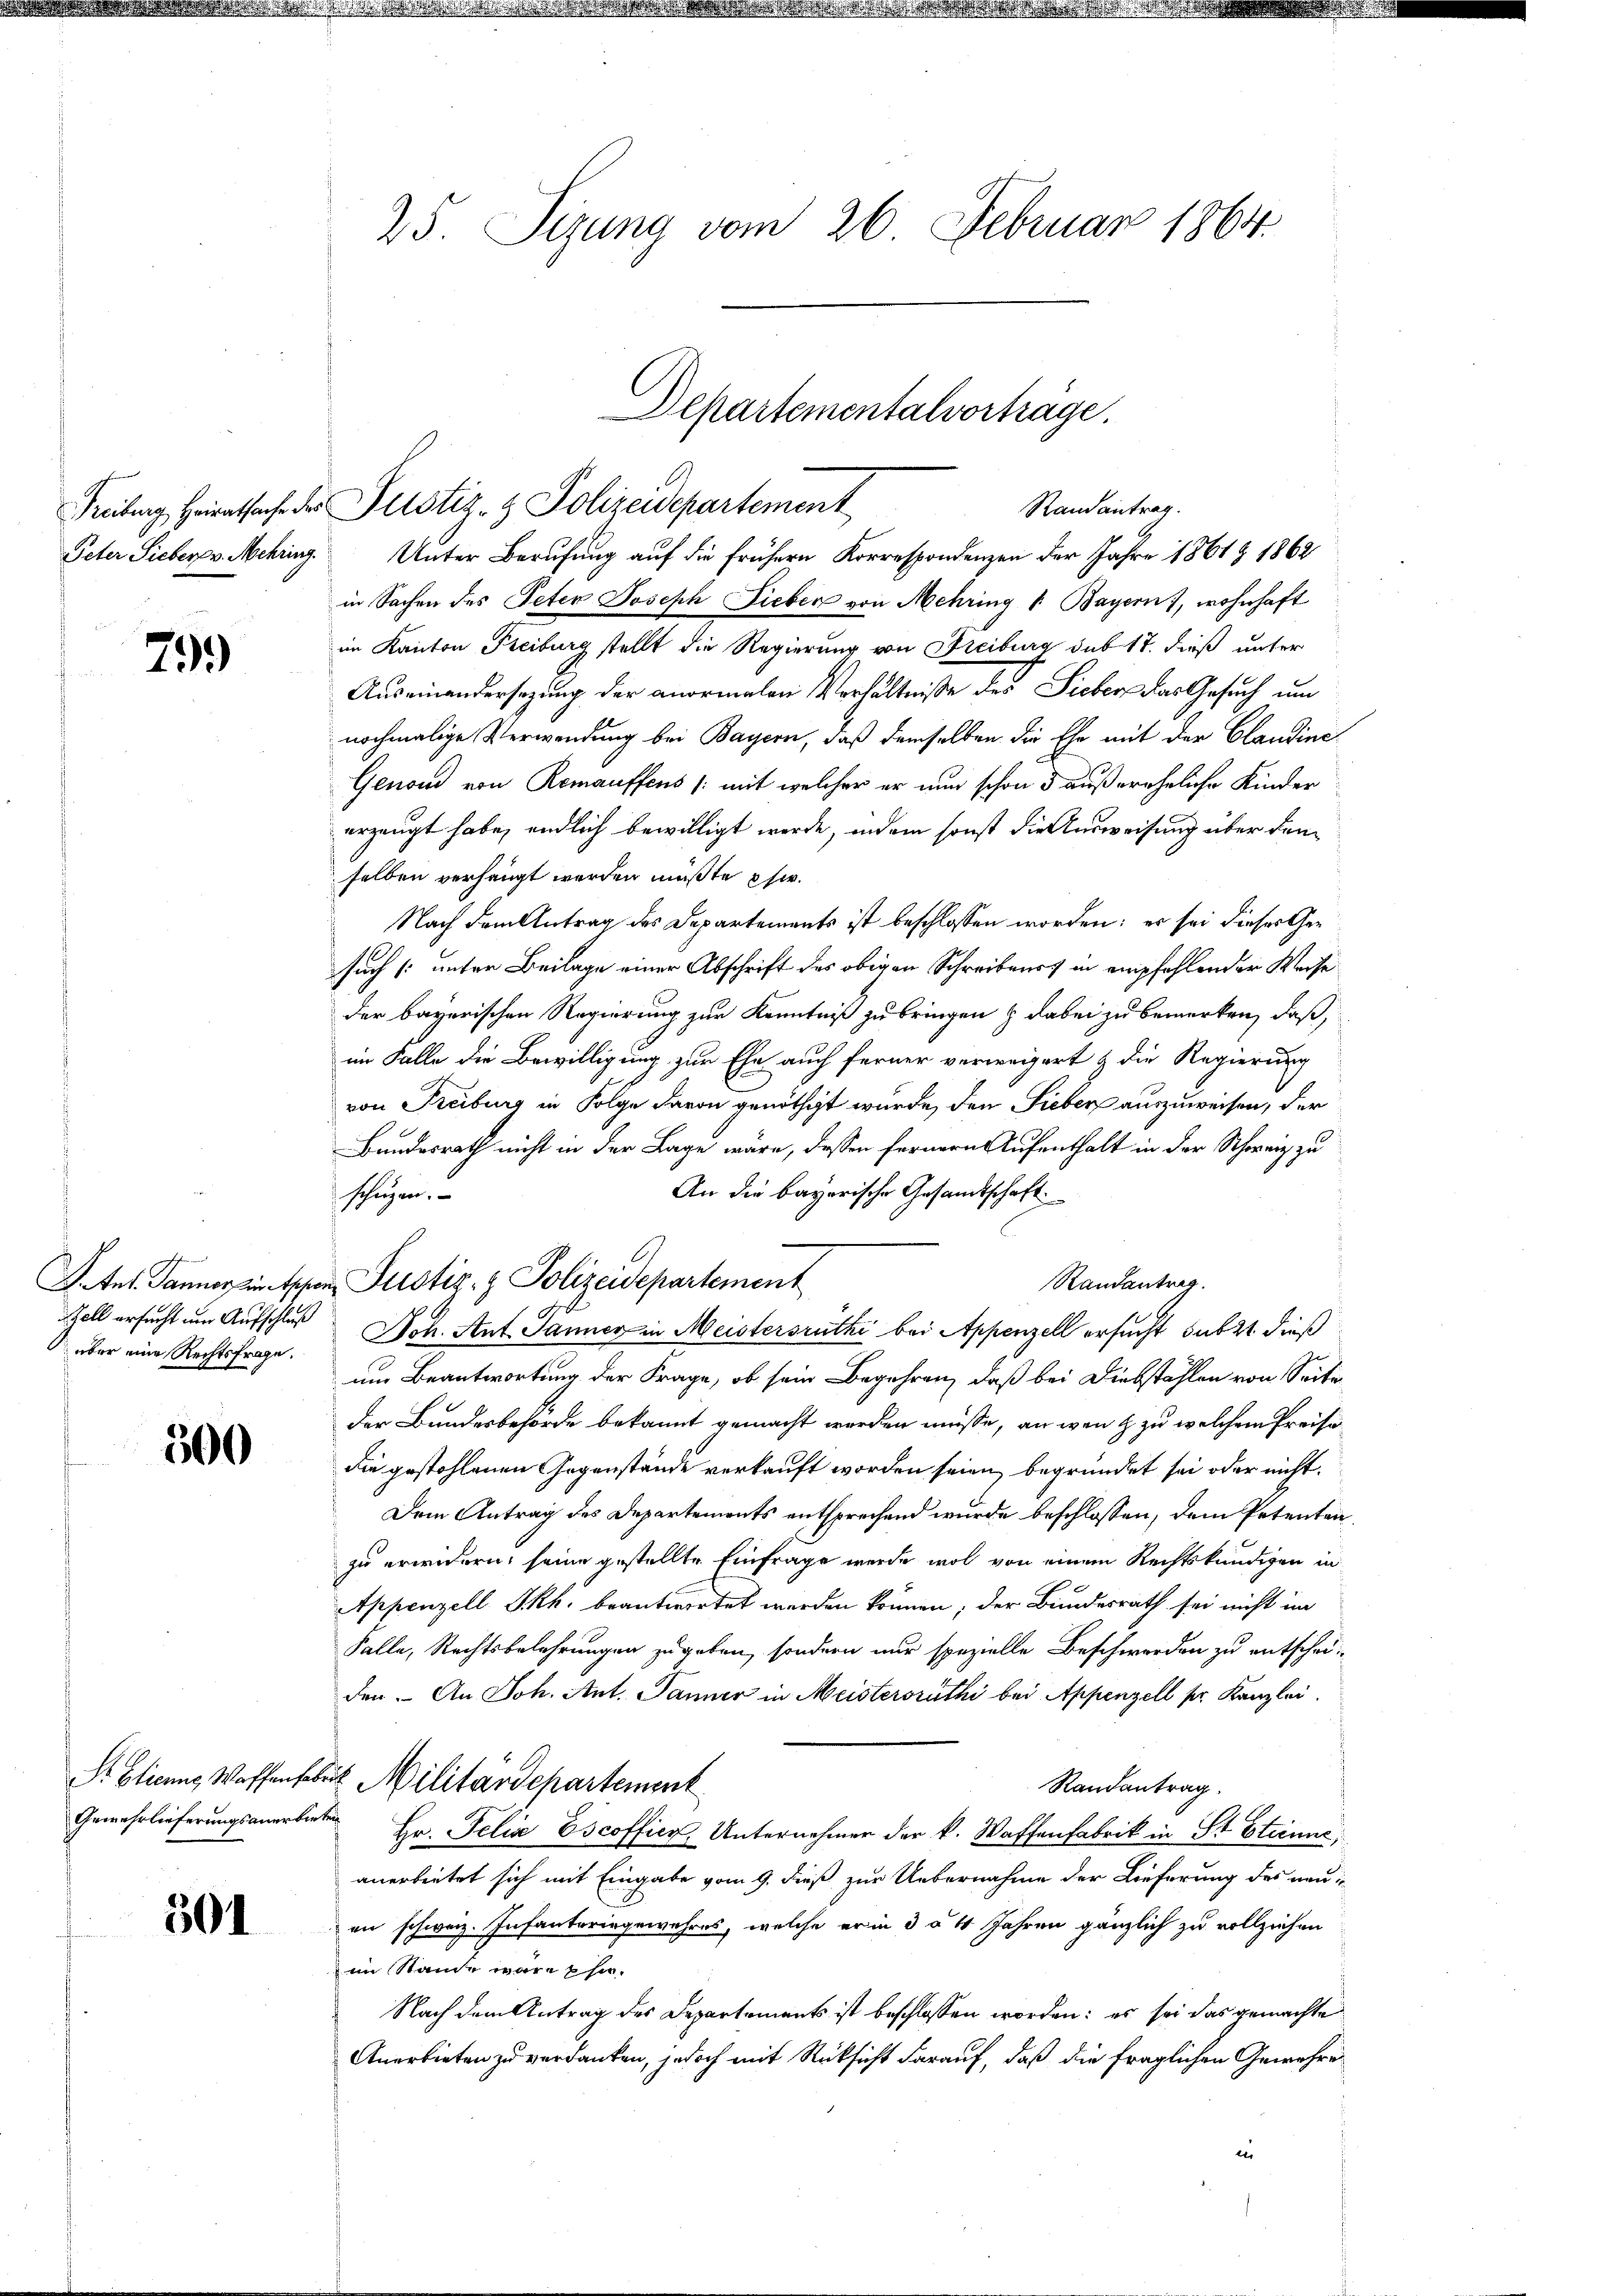
799

über eine Rechtsfrage.

500

501

25. Sizung vom 26. Februar 1864.

Peter Sieber v. Mehring. Unter Berufung auf die frühern Korrespondenzen der Jahre 1861 § 1862
in Sachen des Peter Joseph Lieber von Mehring v. Bayern), wohnhaft
im Kanton Freiburg stellt die Regierung von Freiburg sub 17. dieß unter
Auseinandersezung der anormalen Verhältnisse des Sieber das Gesuch um
nochmalige Verwendung bei Bayern, daß demselben die Ehe mit der Claudine¬
Genow von Remauffens /: mit welcher er nun schon 5 außereheliche Kinder
erzeugt habe, endlich bewilligt werde, indem sonst die Ausweisung über den
selben verhängt werden müßte es.
Nach dem Antrag des Departements ist beschlossen worden; es sei dieses Gesuch [unter Beilage einer Abschrift des obigen Schreibens in empfehlender Weise
der bayerischen Regierung zur Kenntniß zu bringen & dabei zu bemerken, daß,
im Falle die Bewilligung zur Ehe auch ferner verweigert & die Regierung
von Freiburg in Folge davon genöthigt wurde, den Sieber auszuweisen, der
Bundesrath nicht in der Lage wäre, dessen fernern Aufenthalt in der Schweiz zu
An die bayerische Gesandtschaft
schützen.
Randantrag.
Zoll ersucht um Aufschluß Hch. Ant. Janner in Meistersruthi bei Appenzell ersucht subst dieß
um Beantwortung der Frage, ob sein Begehren, daß bei Diebstählen von Seiten
der Bundesbehörde bekannt gemacht werden müsse, an wenn zu welchem Preisdie gestohlenen Gegenstände verkauft worden seien, begründet sei oder nicht
Dem Antrag des Departements entsprechend wurde beschlossen, dem Petenten,
zu erwidern, seine gestellte Einfrage werde wol von einem Rechtskundigen in
Appenzell I.Rh. beantwortet werden können; der Bundesrath sei nicht im
Salle, Rechtsbelehrungen zugeben, sondern nur spezielle Beschwerden zu entscheiden. An Joh. Ant. Janner in Meistersrath bei Appenzell pr. Kanzlei
S. blicans Waffenfabrik Militärdepartement
Randantrag
Gewehrlieferungsanerbiete Hr. Felix Escoffier, Unternehmer der k. Waffenfabrik in St. Etienne,
anerbeitet sich mit Eingabe vom 9. dieß zur Uebernahme der Lieferung des neu
en schweiz. Infanteringewahres, welche er in d à 4 Jahren gänzlich zu vollziehen
im Stande wäre Ehe-
Nach dem Antrag des Departements ist beschlossen worden: es sei das gemachte
Anerbieten zu verdanken, jedoch mit Rücksicht darauf, daß die fraglichen Gewehreber

Departementalverhäge.
Freiburg, Heiratsache der Justiz- & Polizeidepartement
Randantrag.

F. Aus Tannerein Appen Pustiz- & Polizeidepartement